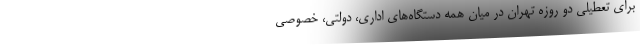
برای تعطیلی دو روزه تهران در میان همه دستگاه‌های اداری، دولتی، خصوصی